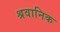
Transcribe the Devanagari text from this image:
श्रवानिक